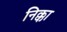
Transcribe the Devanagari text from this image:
निक्का